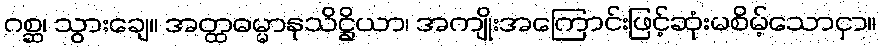
ဂစ္ဆ၊ သွားချေ။ အတ္ထဓမ္မာနုသိဋ္ဌိယာ၊ အကျိုးအကြောင်းဖြင့်ဆုံးမစိမ့်သောငှာ။